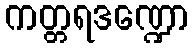
ကတ္တရဒဏ္ဍော